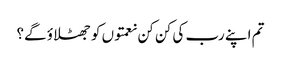
تم اپنے رب کی کن کن نعمتوں کو جھٹلاؤ گے؟